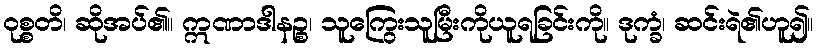
ဝုစ္စတိ၊ ဆိုအပ်၏။ ဣဏာဒါနဉ္စ၊ သူကြွေးသူမြီးကိုယူရခြင်းကို။ ဒုက္ခံ၊ ဆင်းရဲ၏ဟူ၍။